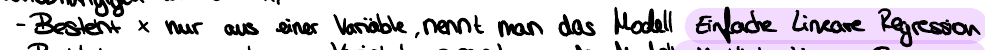
- Besteht x nur aus einer Variable, nennt man das Modell Einfache Lineare Regression